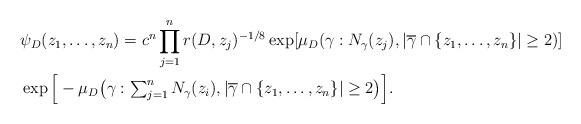
LaTeX: \begin{align*}& \psi_D(z_1,\ldots,z_n) = c^n \prod_{j=1}^n r(D,z_j)^{-1/8} \exp[ \mu_D(\gamma : N_{\gamma}(z_j) , | \overline\gamma \cap \{z_1,\ldots,z_n\} | \geq 2 ) ] \\& \exp\Big[ - \mu_D\big(\gamma: \textstyle \sum_{j=1}^n N_{\gamma}(z_i) ,| \overline\gamma \cap \{ z_1,\ldots,z_n\} |\geq 2\big) \Big]. \\\end{align*}